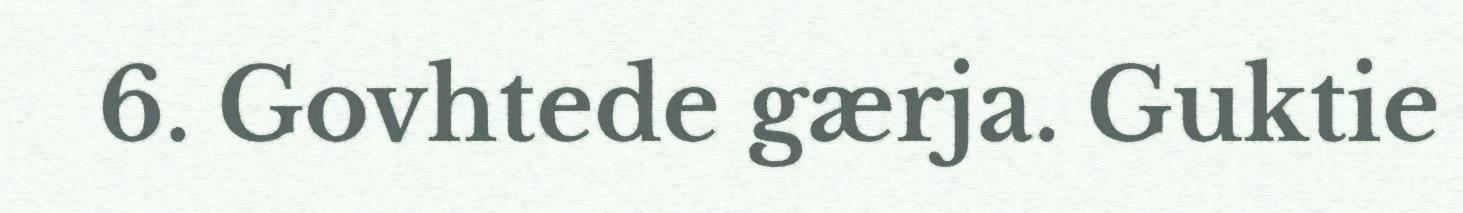
6. Govhtede gærja. Guktie